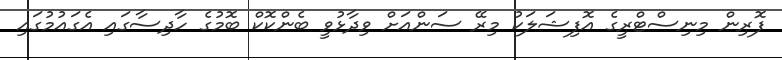
ފޮރިން މިނިސްޓްރީގެ އޮފިޝަލަކު މިރޭ ސަންއަށް ވިދާޅުވީ ބެންކޮކް ބޮމުގެ ހާދިސާގައި އެގައުމުގައި